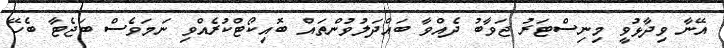
އޭނާ ވިދާޅުވީ މިނިސްޓަރު ޖަވާބު ދެއްވާ ބައްދަލުވުންތައް ބޮއިކޯޓްކުރެއްވި ނަމަވެސް ބަޖެޓާ ބެހޭ